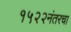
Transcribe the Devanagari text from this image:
१५२२नंतरचा